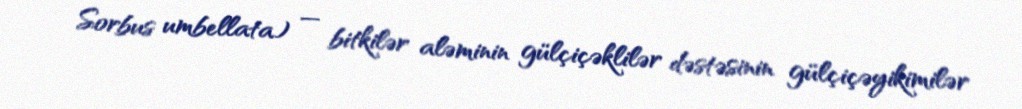
Sorbus umbellata) — bitkilər aləminin gülçiçəklilər dəstəsinin gülçiçəyikimilər